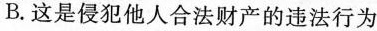
B.这是侵犯他人合法财产的违法行为